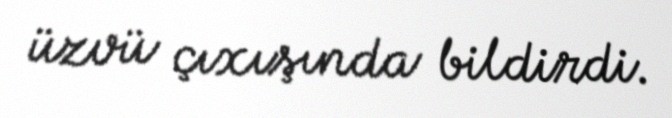
üzvü çıxışında bildirdi.